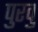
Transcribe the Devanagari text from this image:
पुरवु